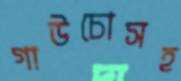
গাউচোসহ